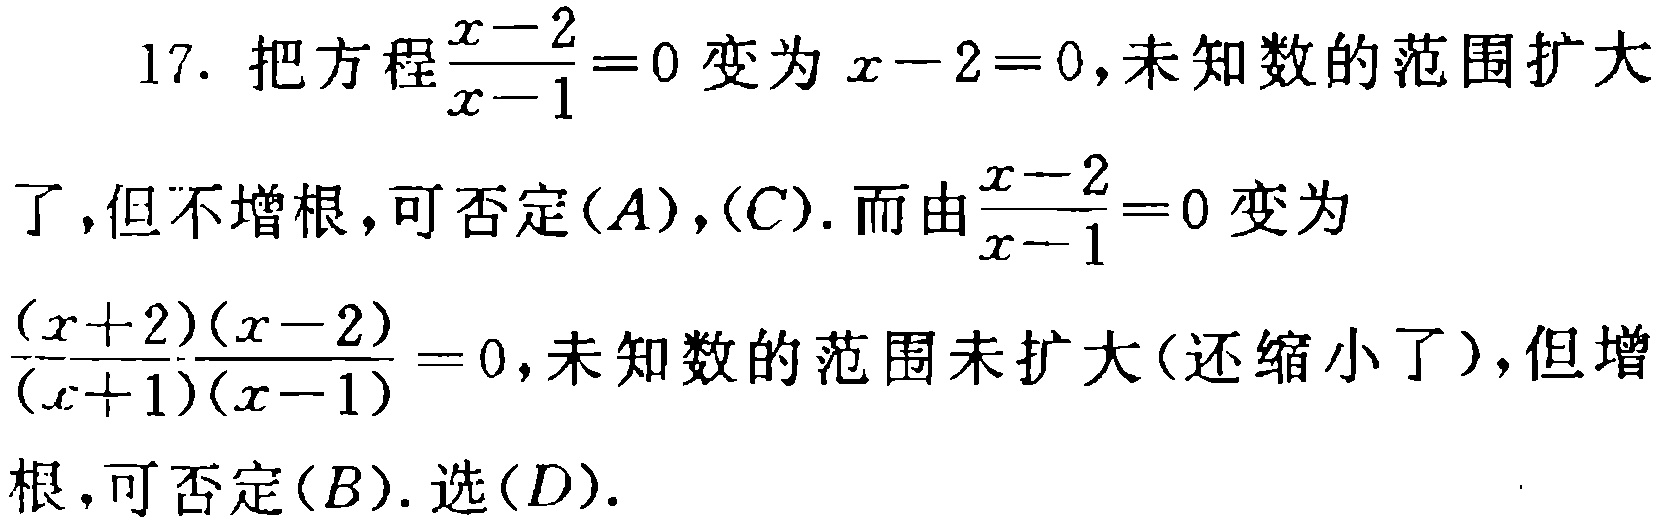
17. 把方程$\frac{x - 2}{x - 1}=0$变为$x - 2 = 0$，未知数的范围扩大了，但不增根，可否定$(A)$，$(C)$. 而由$\frac{x - 2}{x - 1}=0$变为$\frac{(x + 2)(x - 2)}{(x + 1)(x - 1)}=0$，未知数的范围未扩大(还缩小了)，但增根，可否定$(B)$. 选$(D)$.